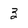
Character: 3